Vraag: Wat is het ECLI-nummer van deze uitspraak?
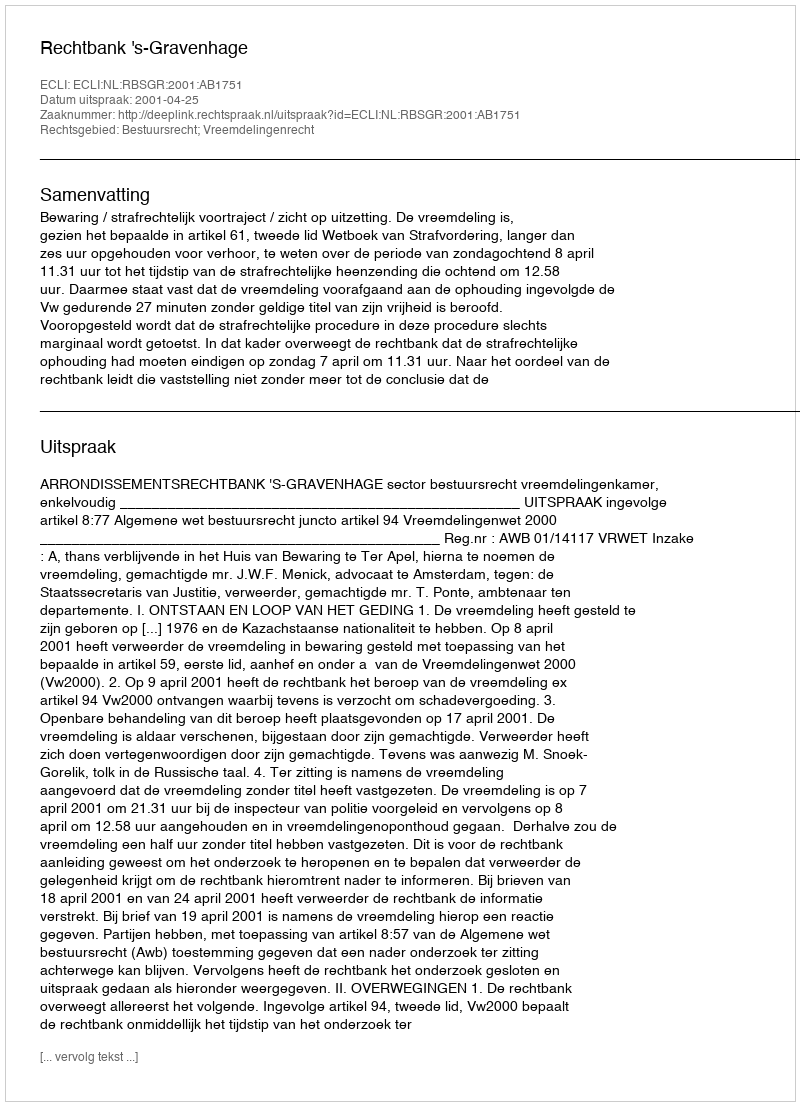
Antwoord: ECLI:NL:RBSGR:2001:AB1751